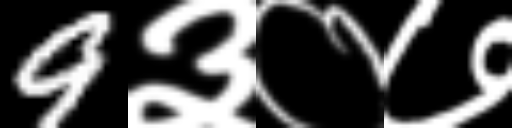
Text: 9३०७